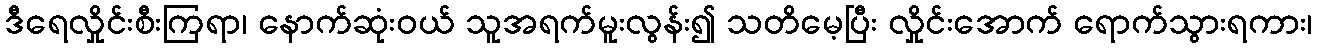
ဒီရေလှိုင်းစီးကြရာ၊ နောက်ဆုံးဝယ် သူအရက်မူးလွန်း၍ သတိမေ့ပြီး လှိုင်းအောက် ရောက်သွားရကား၊